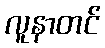
လူနာတင်